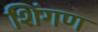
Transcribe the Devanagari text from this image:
शिंगण